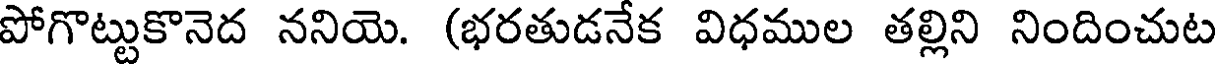
పోగొట్టుకొనెద ననియె. (భరతుడనేక విధముల తల్లిని నిందించుట